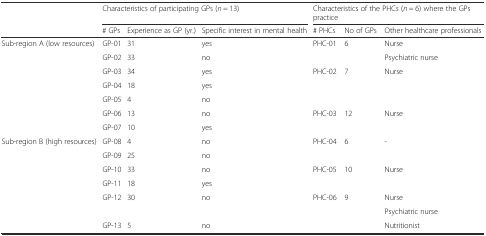
| <ROWSPAN=2>  | <COLSPAN=3> Characteristics of participating GPs (n = 13) | <COLSPAN=3> Characteristics of the PHCs (n = 6) where the GPs practice |
 | # GPs | Experience as GP (yr.) | Specific interest in mental health | # PHCs | No of GPs | Other healthcare professionals |
 | --- | --- | --- | --- | --- | --- | --- |
 | <ROWSPAN=7> Sub-region A (low resources) | GP-01 | 31 | yes | <ROWSPAN=2> PHC-01 | <ROWSPAN=2> 6 | Nurse |
 | GP-02 | 33 | no | Psychiatric nurse |
 | GP-03 | 34 | yes | <ROWSPAN=3> PHC-02 | <ROWSPAN=3> 7 | <ROWSPAN=3> Nurse |
 | GP-04 | 18 | yes |
 | GP-05 | 4 | no |
 | GP-06 | 13 | no | <ROWSPAN=2> PHC-03 | <ROWSPAN=2> 12 | <ROWSPAN=2> Nurse |
 | GP-07 | 10 | yes |
 | <ROWSPAN=7> Sub-region B (high resources) | GP-08 | 4 | no | <ROWSPAN=2> PHC-04 | <ROWSPAN=2> 6 | <ROWSPAN=2> - |
 | GP-09 | 25 | no |
 | GP-10 | 33 | no | <ROWSPAN=2> PHC-05 | <ROWSPAN=2> 10 | <ROWSPAN=2> Nurse |
 | GP-11 | 18 | yes |
 | <ROWSPAN=2> GP-12 | <ROWSPAN=2> 30 | <ROWSPAN=2> no | <ROWSPAN=3> PHC-06 | <ROWSPAN=3> 9 | Nurse |
 | Psychiatric nurse |
 | GP-13 | 5 | no | Nutritionist |